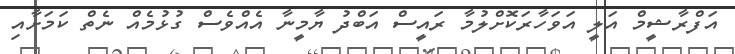
އަފްރާޝީމް އަލީ އަވަހާރަކޮށްލުމާ ރައީސް އަބްދު ޔާމީނާ އެއްވެސް ގުޅުމެއް ނެތް ކަމަށާއި